Civil Veterinary Dept. Bombay admin report 1907-1913 - 1907-1913
Year: 1907
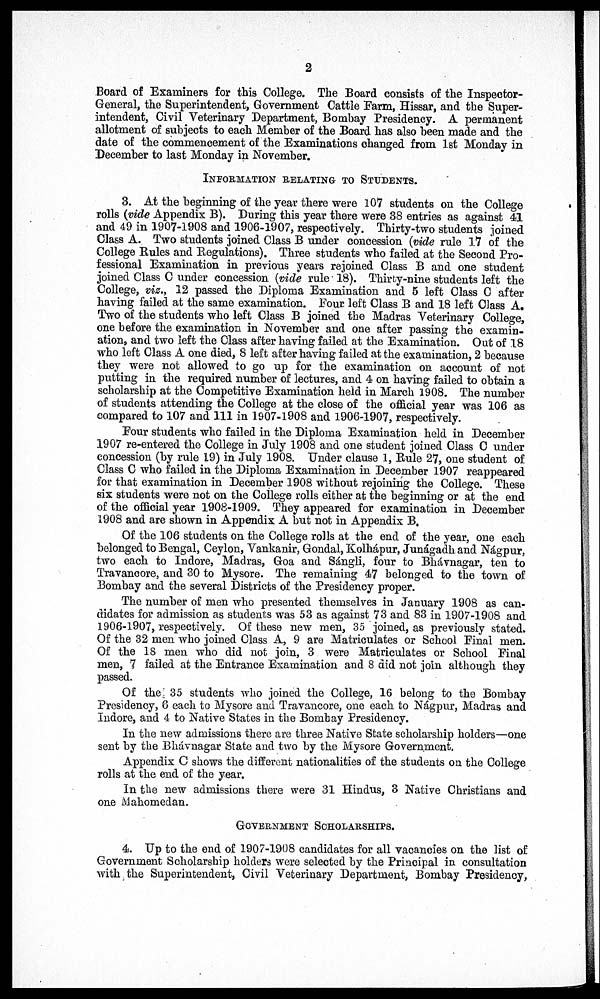
2
Board of Examiners for this College. The Board consists of the Inspector-
General, the Superintendent, Government Cattle Farm, Hissar, and the Super-
intendent, Civil Veterinary Department, Bombay Presidency. A permanent
allotment of subjects to each Member of the Board has also been made and the
date of the commencement of the Examinations changed from 1st Monday in
December to last Monday in November.
INFORMATION RELATING TO STUDENTS.
3. At the beginning of the year there were 107 students on the College
rolls (vide Appendix B). During this year there were 38 entries as against 41
and 49 in 1907-1908 and 1906-1907, respectively. Thirty-two students joined
Class A. Two students joined Class B under concession (vide rule 17 of the
College Rules and Regulations). Three students who failed at the Second Pro-
fessional Examination in previous years rejoined Class B and one student
joined Class C under concession (vide rule 18). Thirty-nine students left the
College, viz., 12 passed the Diploma Examination and 5 left Class C after
having failed at the same examination, Four left Class B and 18 left Class A.
Two of the students who left Class B joined the Madras Veterinary College,
one before the examination in November and one after passing the examin-
ation, and two left the Class after having failed at the Examination. Out of 18
who left Class A one died, 8 left after having failed at the examination, 2 because
they were not allowed to go up for the examination on account of not
putting in the required number of lectures, and 4 on having failed to obtain a
scholarship at the Competitive Examination held in March 1908. The number
of students attending the College at the close of the official year was 106 as
compared to 107 and 111 in 1907-1908 and 1906-1907, respectively.
Four students who failed in the Diploma Examination held in December
1907 re-entered the College in July 1908 and one student joined Class C under
concession (by rule 19) in July 1908. Under clause 1, Rule 27, one student of
Class C who failed in the Diploma Examination in December 1907 reappeared
for that examination in December 1908 without rejoining the College. These
six students were not on the College rolls either at the beginning or at the end
of the official year 1908-1909. They appeared for examination in December
1908 and are shown in Appendix A but not in Appendix B.
Of the 106 students on the College rolls at the end of the year, one each
belonged to Bengal, Ceylon, Vankanir, Gondal, Kolhápur, Junágadh and Nágpur,
two each to Indore, Madras, Goa and Sángli, four to Bhávnagar, ten to
Travancore, and 30 to Mysore. The remaining 47 belonged to the town of
Bombay and the several Districts of the Presidency proper.
The number of men who presented themselves in January 1908 as can-
didates for admission as students was 53 as against 73 and 83 in 1907-1908 and
1906-1907, respectively. Of these new men, 35 joined, as previously stated.
Of the 32 men who joined Class A, 9 are Matriculates or School Final men.
Of the 18 men who did not join, 3 were Matriculates or School Final
men, 7 failed at the Entrance Examination and 8 did not join although they
passed.
Of the 35 students who joined the College, 16 belong to the Bombay
Presidency, 6 each to Mysore and Travancore, one each to Nágpur, Madras and
Indore, and 4 to Native States in the Bombay Presidency.
In the new admissions there are three Native State scholarship holders—one
sent by the Bhávnagar State and two by the Mysore Government.
Appendix C shows the different nationalities of the students on the College
rolls at the end of the year.
In the new admissions there were 31 Hindus, 3 Native Christians and
one Mahomedan.
GOVERNMENT SCHOLARSHIPS.
4. Up to the end of 1907-1908 candidates for all vacancies on the list of
Government Scholarship holders were selected by the Principal in consultation
with the Superintendent, Civil Veterinary Department, Bombay Presidency,